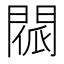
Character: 𨴳